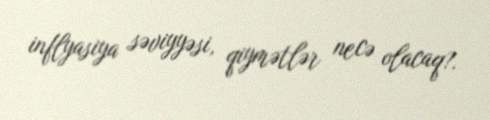
inflyasiya səviyyəsi, qiymətlər necə olacaq?.